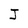
Character: J